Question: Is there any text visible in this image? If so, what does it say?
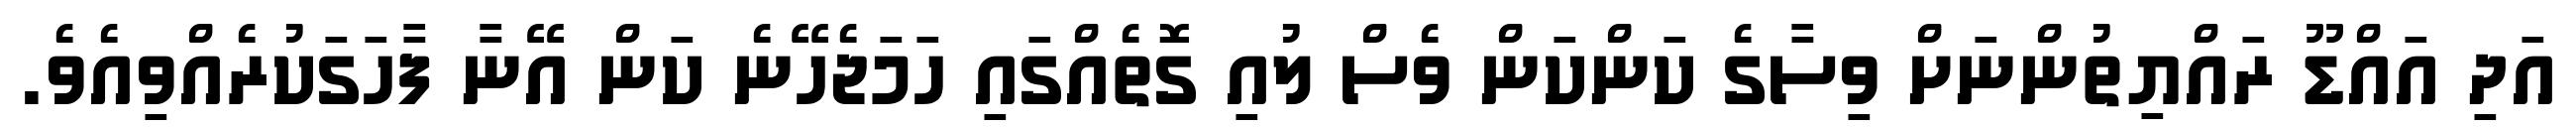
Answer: އަދި އައްޑޫ ރައްޔިތުންނަށް ވިސާގެ ކަންކަން ވެސް ލުއި ގޮތެއްގައި ހަމަޖެހޭނެ ކަން އޭނާ ފާހަގަކުރެއްވިއެވެ.